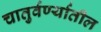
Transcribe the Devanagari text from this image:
चातुर्वर्ण्यातील